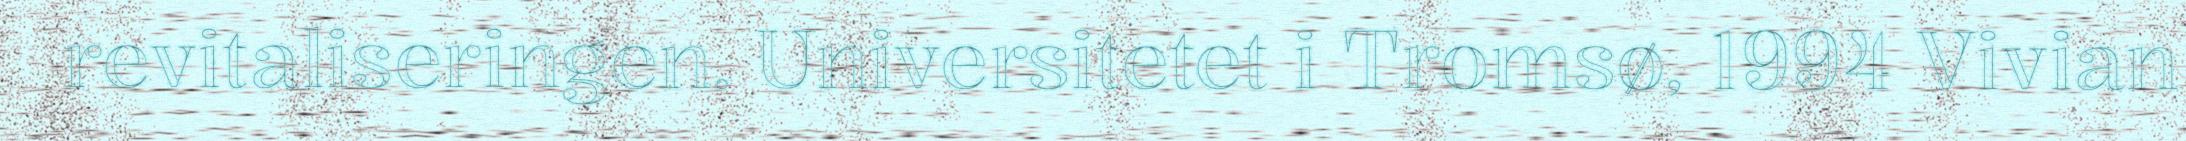
revitaliseringen. Universitetet i Tromsø, 1994 Vivian